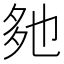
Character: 𡖐